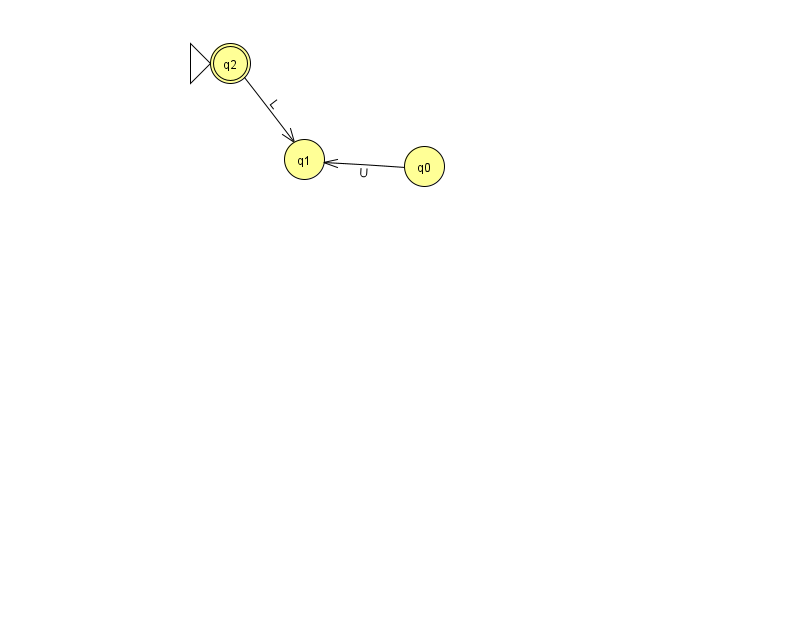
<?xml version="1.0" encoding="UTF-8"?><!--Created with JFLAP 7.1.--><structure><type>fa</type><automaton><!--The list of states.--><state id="0" name="q0"><x>424.0</x><y>153.0</y></state><state id="1" name="q1"><x>304.0</x><y>146.0</y></state><state id="2" name="q2"><x>230.0</x><y>50.0</y><initial/><final/></state><!--The list of transitions.--><transition><from>0</from><to>1</to><read>U</read></transition><transition><from>2</from><to>1</to><read>L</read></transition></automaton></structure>